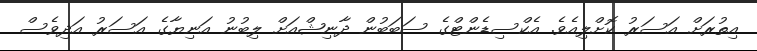
އިތުރަށް އަސަރު ކޮޮށްލިއެވެ. އެކްސިޑެންޓްގެ ސަބަބުން ދާނިޝްއަށް ލިބުނު އަނިޔާގެ އަސަރު އަދިވެސް